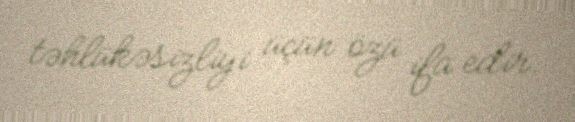
təhlükəsizliyi üçün özü ifa edir.